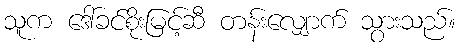
သူက ဒေါ်ခင်စိုးမြင့်ဆီ တန်းလျှောက် သွားသည်။